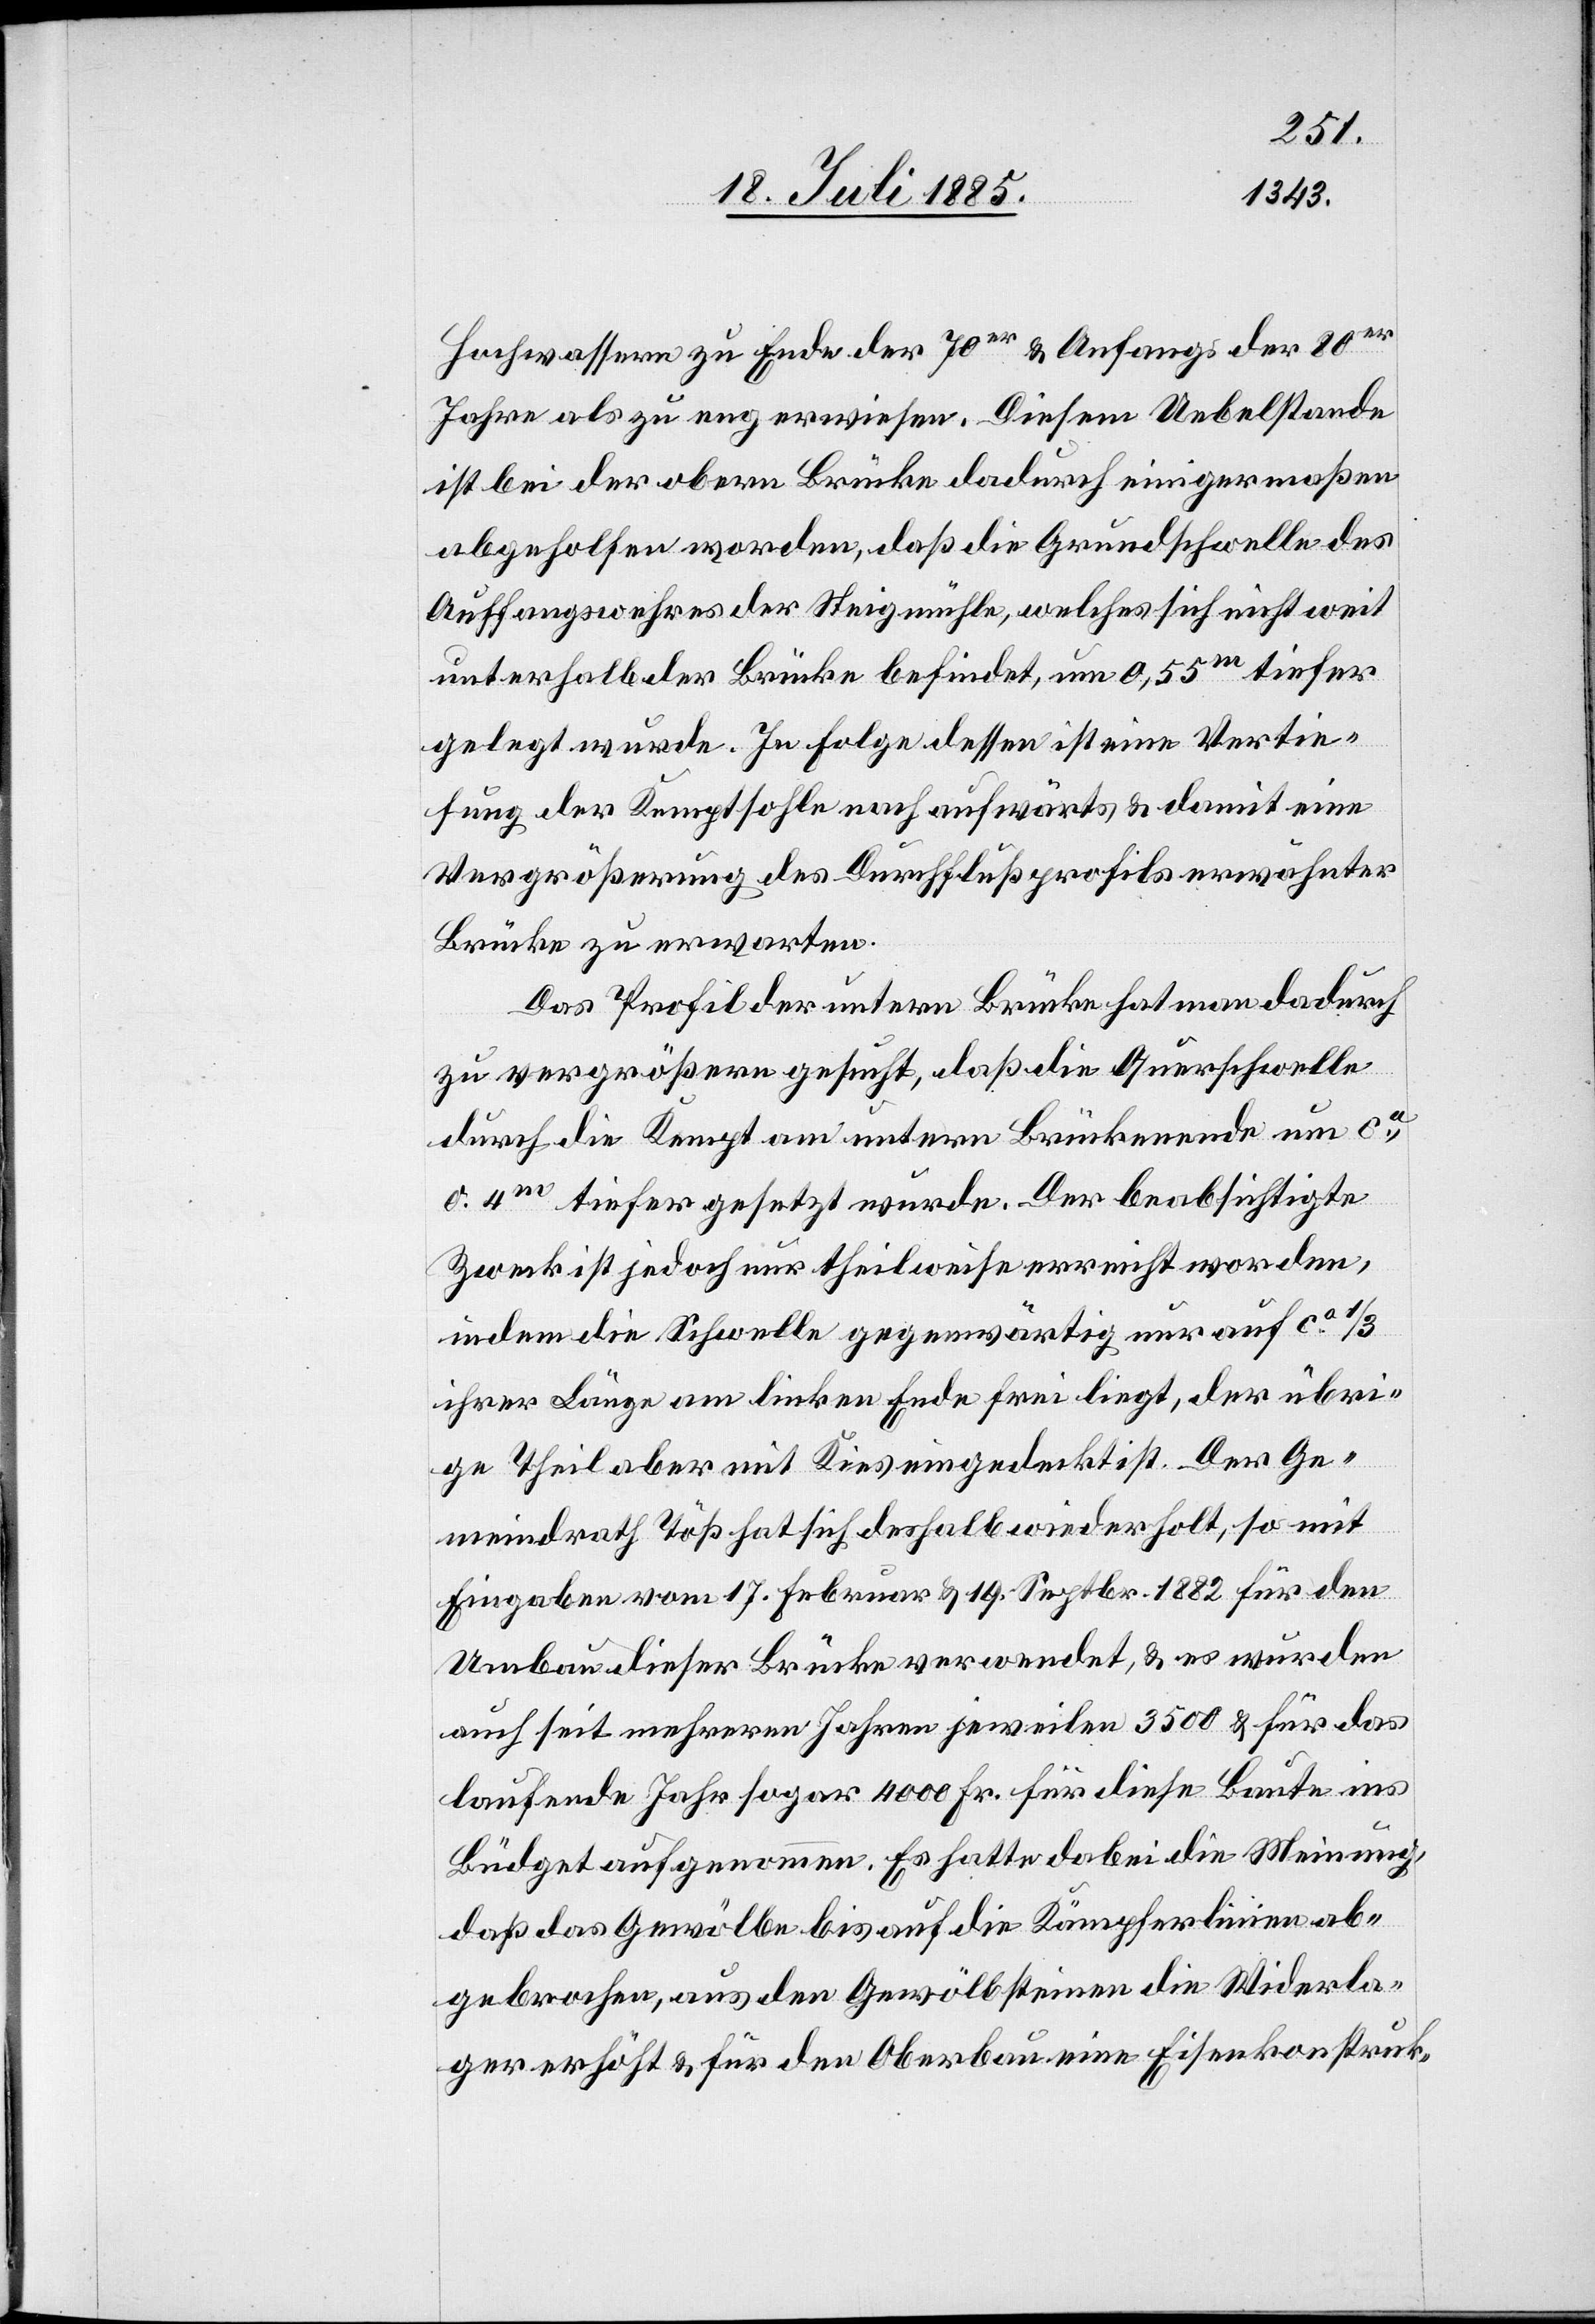
Hochwassern zu Ende der 70er & Anfangs der 80er
Jahre als zu eng erwiesen. Diesem Uebelstande
ist bei der obern Brücke dadurch einigermaßen
abgeholfen worden, daß die Grundschwelle des
Auffangswehres der Steigmühle, welches sich nicht weit
unterhalb der Brücke befindet, um 0,55m tiefer
gelegt wurde. In Folge dessen ist eine Vertie¬
fung der Kemptsohle nach aufwärts & damit eine
Vergrößerung des Durchflußprofils erwähnter
Brücke zu erwarten.
Das Profil der untern Brücke hat man dadurch
zu vergrößern gesucht, daß die Querschwelle
durch die Kempt am untern Brückenende um ca
0.4m tiefer gesetzt wurde. Der beabsichtigte
Zweck ist jedoch nur theilweise erreicht worden,
indem die Schwelle gegenwärtig nur auf ca
ihrer Länge am linken Ende frei liegt, der übri¬
ge Theil aber mit Kies eingedeckt ist. Der Ge¬
meindrath Töß hat sich deshalb wiederholt, so mit
Eingaben vom 17. Februar & 19. Septbr. 1882 für den
Umbau dieser Brücke verwendet, & es wurden
auch seit mehreren Jahren jeweilen 3500 & für das
laufende Jahr sogar 4000 Fr. für diese Baute ins
Büdget aufgenommen. Es hatte dabei die Meinung,
daß das Gewölbe bis auf die Kämpferlinie ab¬
gebrochen, aus den Gewölbsteinen Widerla¬
ger erhöht & für den Oberbau eine Eisenkonstruk-